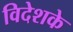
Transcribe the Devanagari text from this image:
विदेशके